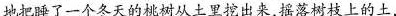
地把睡了一个冬天的桃树从土里挖出来，摇落树枝上的土，